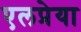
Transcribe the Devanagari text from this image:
एलप्रेया